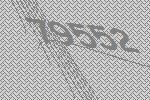
79552